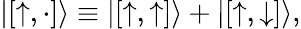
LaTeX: |[{\uparrow},\cdot]\rangle\equiv|[{\uparrow},{\uparrow}]\rangle+|[{\uparrow},{\downarrow}]\rangle,